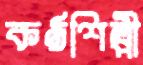
কণ্ঠশিল্পী